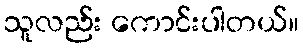
သူလည်း ကောင်းပါတယ်။